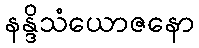
နန္ဒိသံယောဇနော